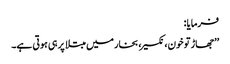
فرمایا :
’’جھاڑ تو خون، نکسیر، بخار میں مبتلا پر ہی ہوتی ہے۔